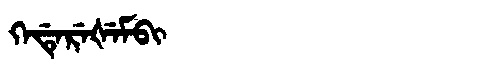
Manchu: ᡴᡝᡩᡝᡵᡝᡧᡝᠮᠪᡳ
Romanization: KEDEREŠEMBI